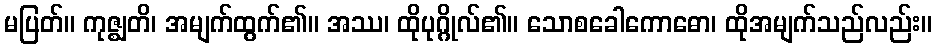
မပြတ်။ ကုဇ္ဈတိ၊ အမျက်ထွက်၏။ အဿ၊ ထိုပုဂ္ဂိုလ်၏။ သောစခေါကောဓော၊ ထိုအမျက်သည်လည်း။